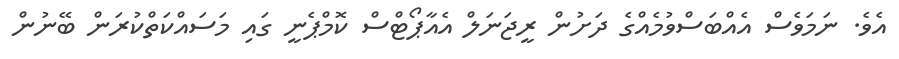
އެވެ. ނަމަވެސް އެއްބަސްވުމެއްގެ ދަށުން ރީޖަނަލް އެއާޕޯޓްސް ކޮމްޕެނީ ގައި މަސައްކަތްކުރަން ބޭނުން